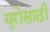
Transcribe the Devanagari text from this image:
युरोसाठी